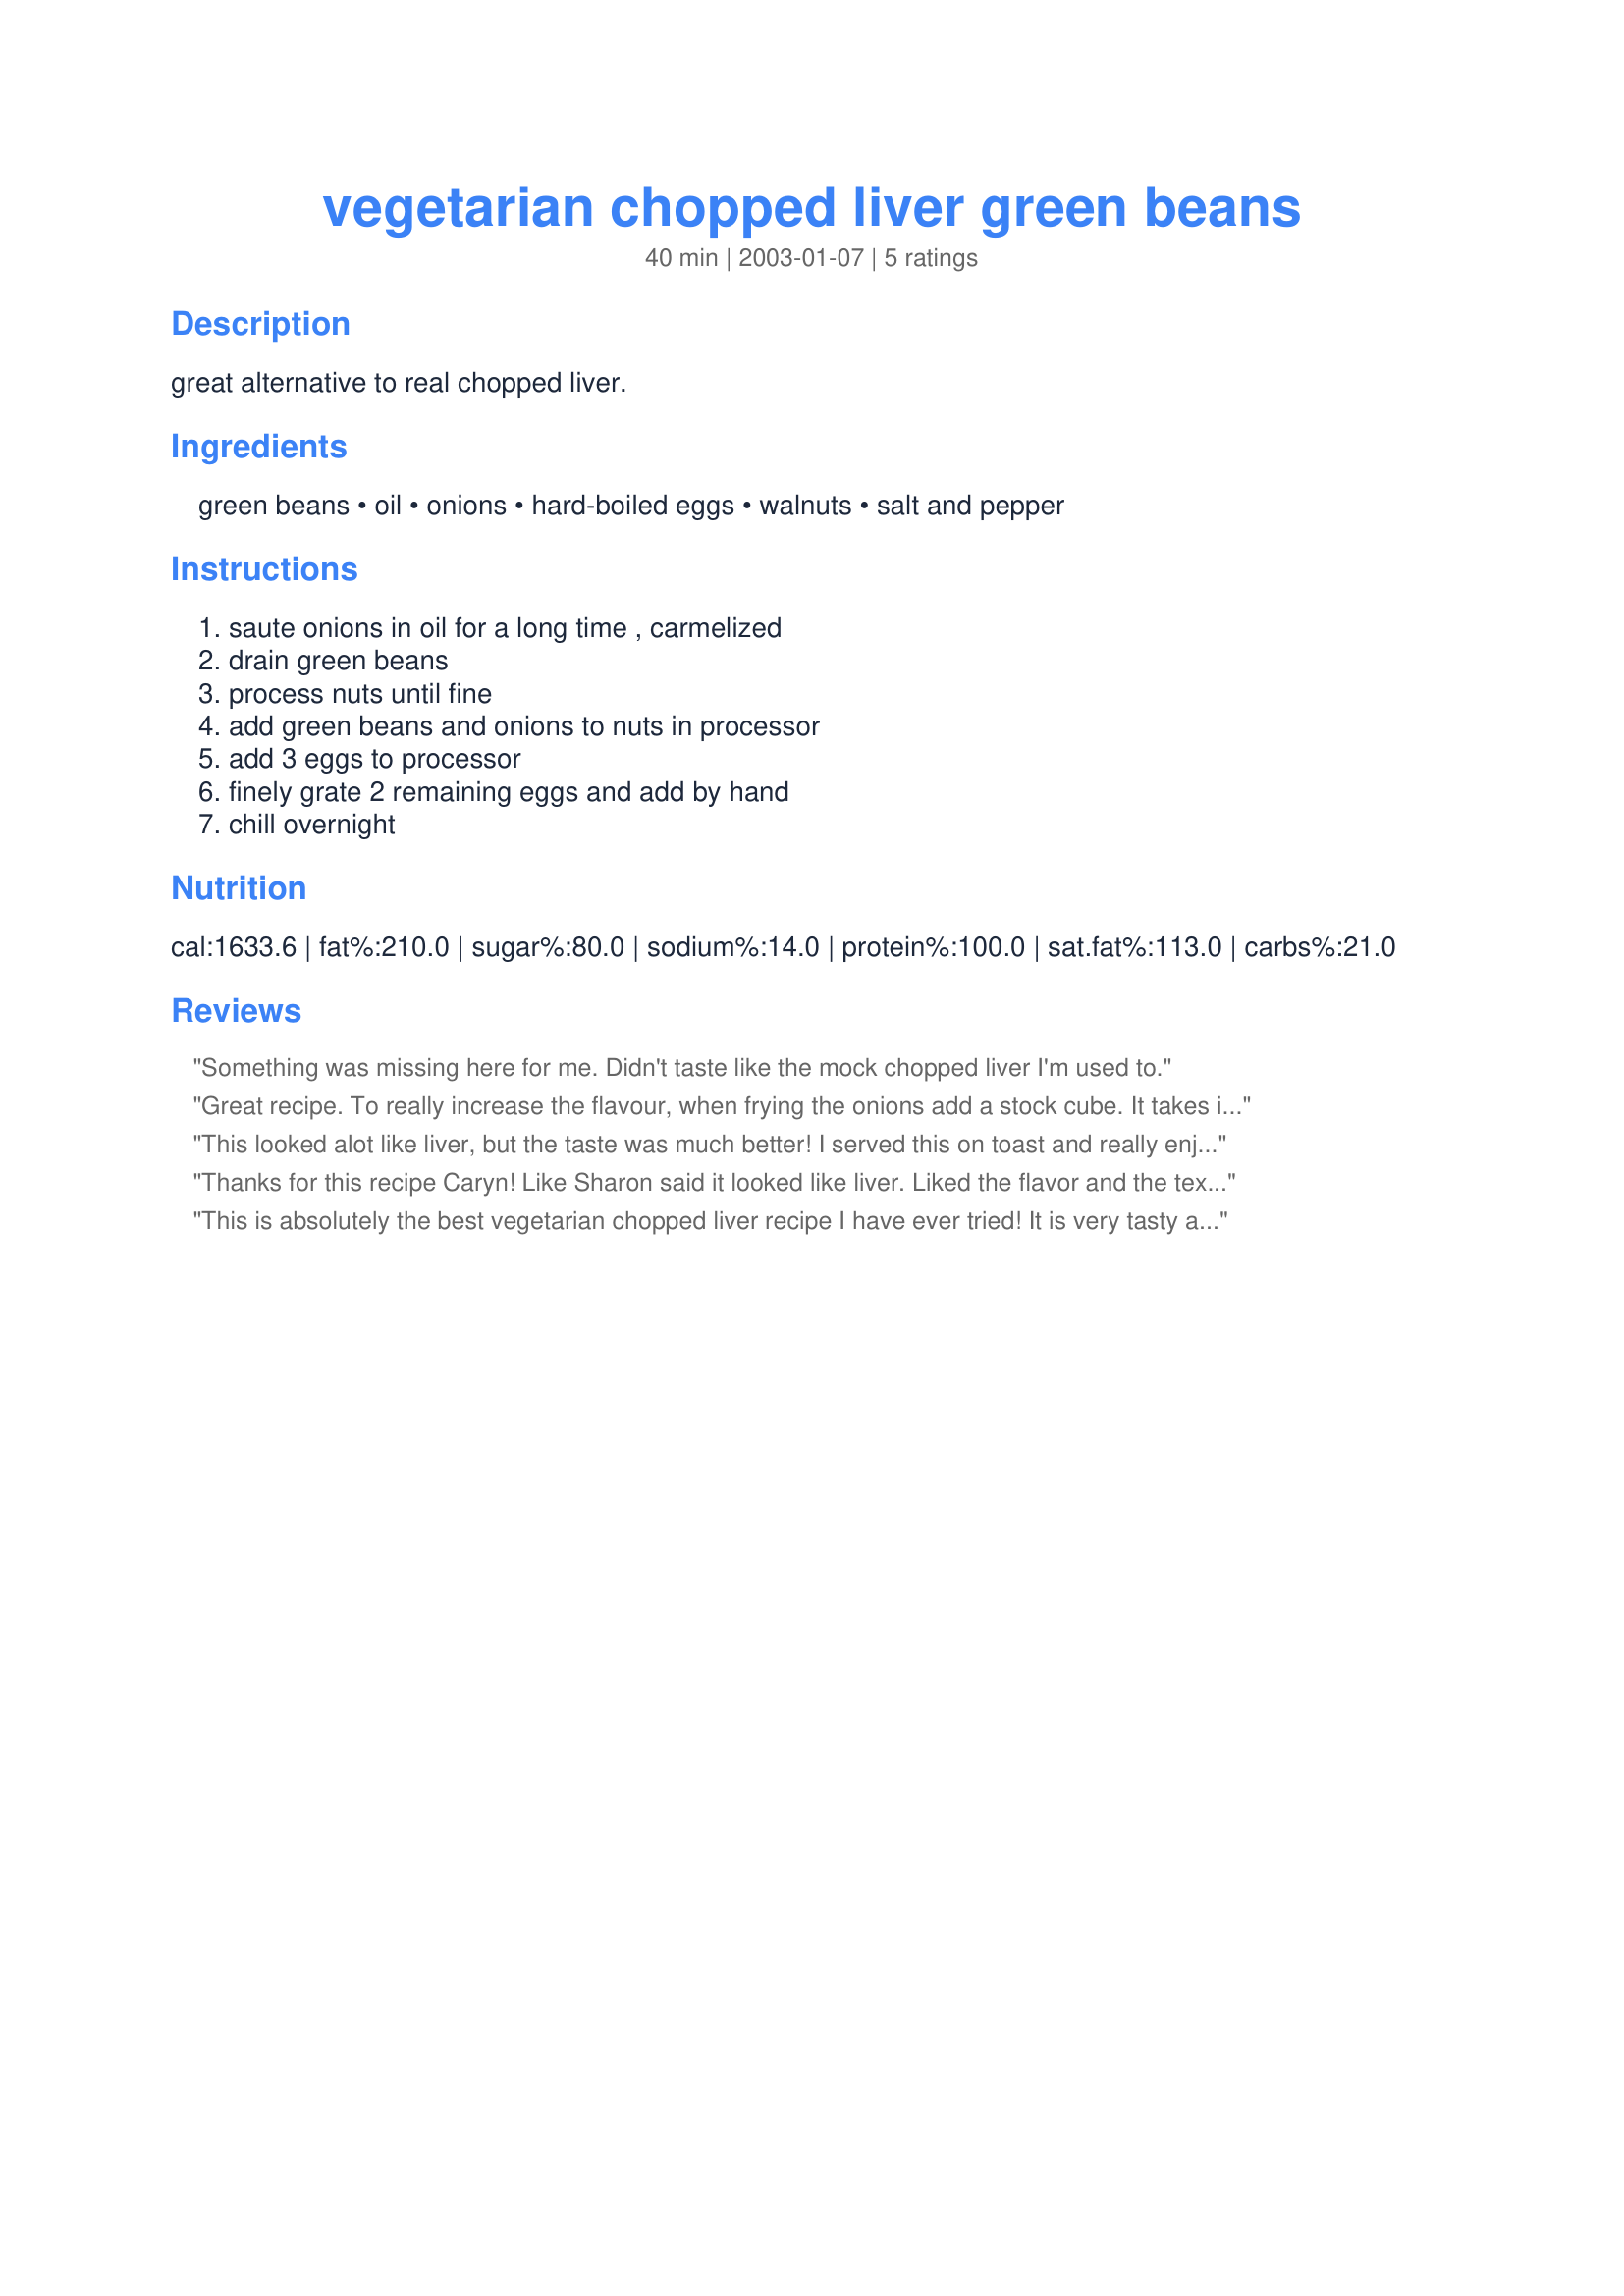
vegetarian chopped liver green beans
Preparation time: 40 minutes

great alternative to real chopped liver.

Ingredients:
green beans, oil, onions, hard-boiled eggs, walnuts, salt and pepper

Steps:
saute onions in oil for a long time , carmelized, drain green beans, process nuts until fine, add green beans and onions to nuts in processor, add 3 eggs to processor, finely grate 2 remaining eggs and add by hand, chill overnight

Reviews:
Something was missing here for me. Didn't taste like the mock chopped liver I'm used to.
Great recipe. To really increase the flavour, when frying the onions add a stock cube. It takes it to another level. Also I used only about 1 tbs oil. Delicious.
This looked alot like liver, but the taste was much better! I served this on toast and really enjoyed it! I did half the recipe. Thanks!
Thanks for this recipe Caryn! Like Sharon said it looked like liver. Liked the flavor and the texture, served it with mini pitas and the left overs on a sandwich with some salad leaves the next day.
This is absolutely the best vegetarian chopped liver recipe I have ever tried!
It is very tasty and satisfyingly similar to the 'real' thing.
Most vegetarian chopped liver recipes have a raw bean type after taste, but not this one.
I have served it several times and everyone raves about how good it is!
